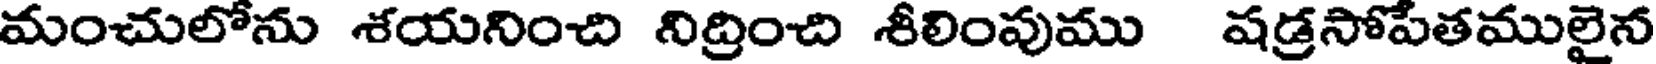
మంచులోను శయనించి నిద్రించి శీలింపుము షడ్రసోపేతములైన